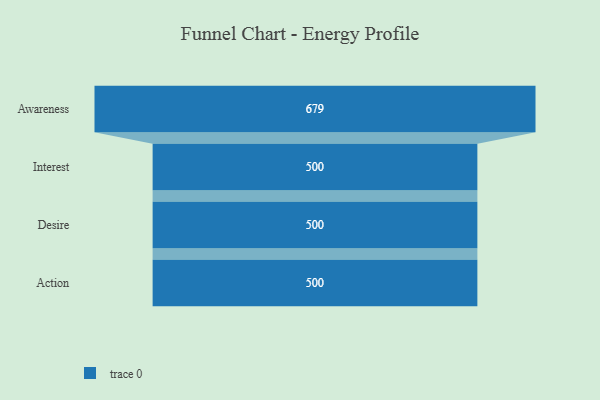
{"axis": {"x": "Stage", "y": "Value"}, "legend": [""], "data": [{"x": "Awareness", "y": 679.0, "type": ""}, {"x": "Interest", "y": 500, "type": ""}, {"x": "Desire", "y": 500, "type": ""}, {"x": "Action", "y": 500, "type": ""}]}